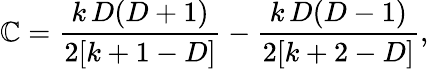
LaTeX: \mathbb{C}=\frac{{k\, D(D+1)}}{{2[k+1-D]}}-\frac{{k\, D(D-1)}}{{2[k+2-D]}},